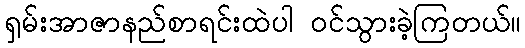
ရှမ်းအာဇာနည်စာရင်းထဲပါ ဝင်သွားခဲ့ကြတယ်။